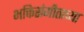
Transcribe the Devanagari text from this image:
भक्तिसंगीताच्या